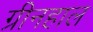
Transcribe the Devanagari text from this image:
ग्रीनहाल